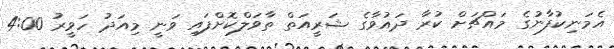
އެމަނިކުފާނުގެ މައްޗަށް ކުރާ ދައުވާގެ ޝަރީއަތް ތާވަލްކޮށްފައި ވަނީ މިއަދު ހަވީރު 4:00